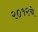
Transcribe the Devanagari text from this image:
२०१२चे